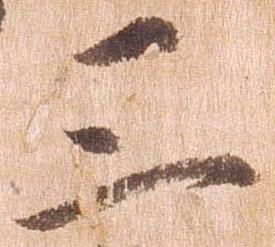
三